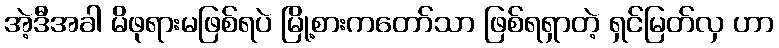
အဲ့ဒီအခါ မိဖုရားမဖြစ်ရပဲ မြို့စားကတော်သာ ဖြစ်ရရှာတဲ့ ရှင်မြတ်လှ ဟာ